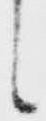
候